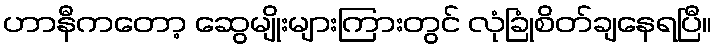
ဟာနီကတော့ ဆွေမျိုးများကြားတွင် လုံခြုံစိတ်ချနေရပြီ။